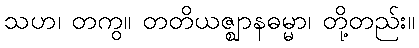
သဟ၊ တကွ။ တတိယဇ္ဈာနဓမ္မာ၊ တို့တည်း။